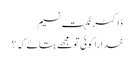
ڈاکٹر نگہت نسیم
خدا را کوئی تو مجھے بتائے کہ ؟